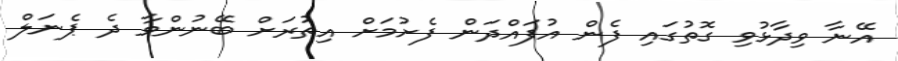
އޭނާ ވިދާޅުވި ގޮތުގައި ފެން އުފައްދަން ފެށުމަށް އިތުރަށް ބޭނުންވާ ދެ ޕެނަލް